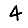
Digit: 4